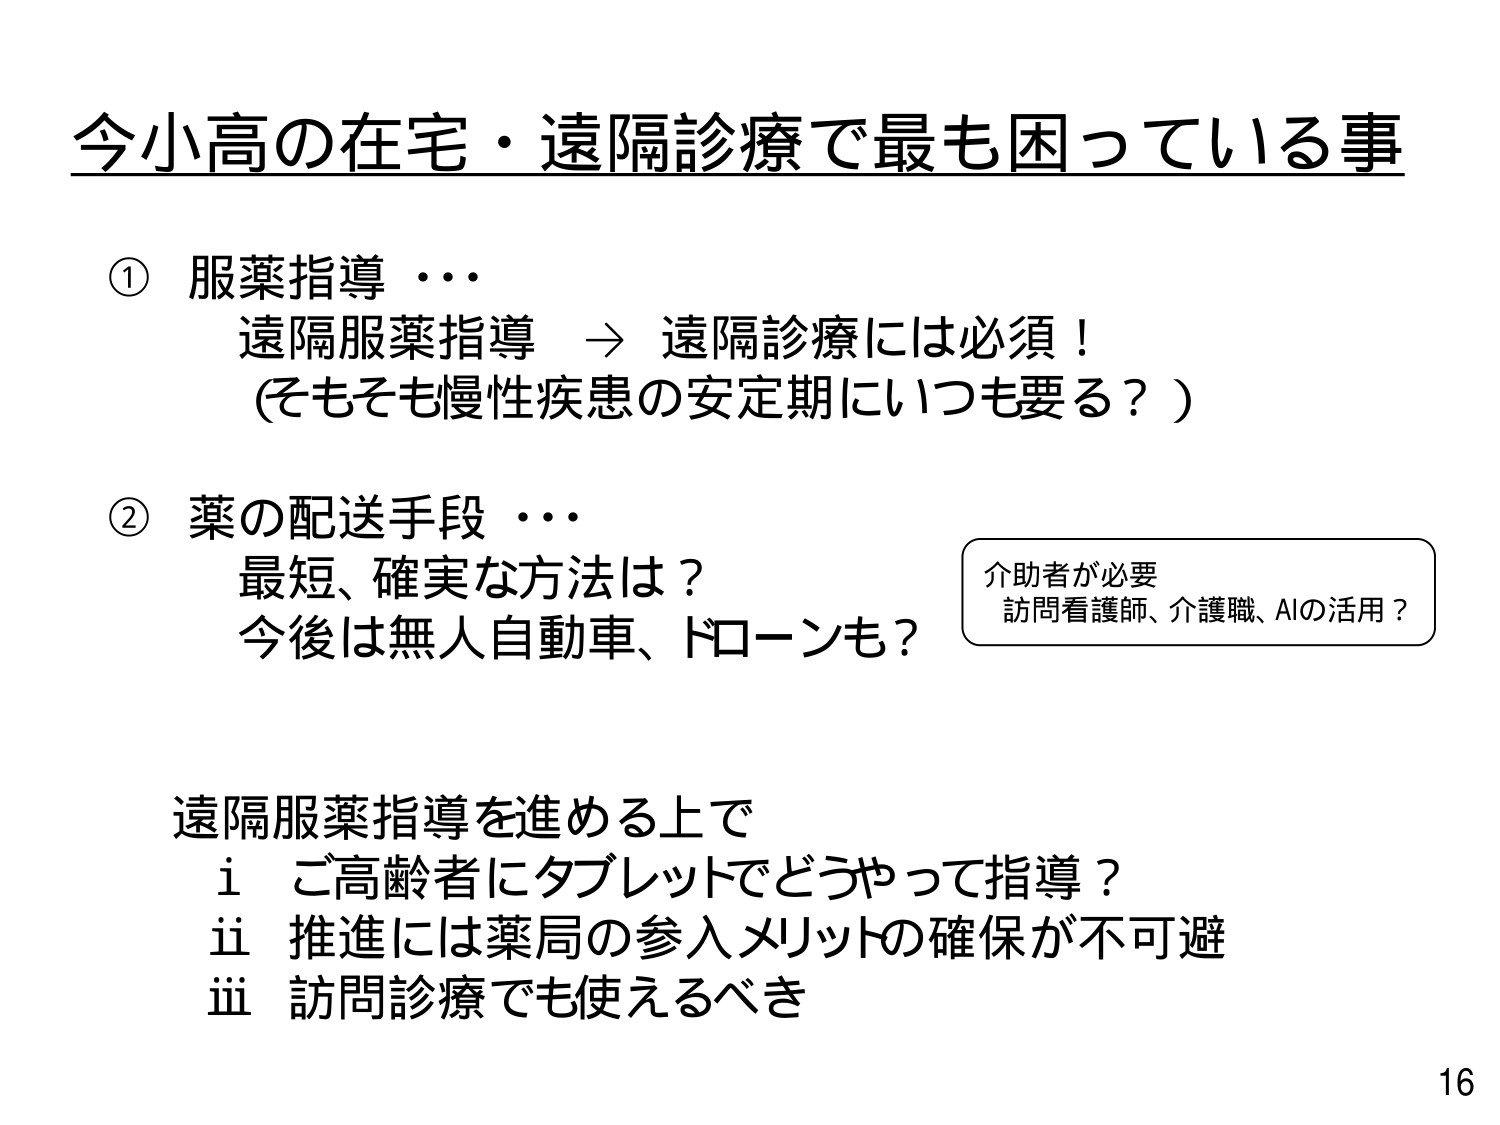
今小高の在宅・遠隔診療で最も困っている事

① 服薬指導 …
　遠隔服薬指導 → 遠隔診療には必須！
　（そもそも慢性疾患の安定期にいつも要る？）

② 薬の配送手段 …
　最短、確実な方法は？
　今後は無人自動車、ドローンも？
　　　　　　　　　　　　　　　　介助者が必要
　　　　　　　　　　　　　　　　訪問看護師、介護職、AIの活用？

遠隔服薬指導を進める上で
　i ご高齢者にタブレットでどうやって指導？
　ii 推進には薬局の参入メリットの確保が不可避
　iii 訪問診療でも使えるべき

16